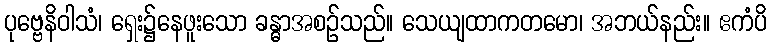
ပုဗ္ဗေနိဝါသံ၊ ရှေး၌နေဖူးသော ခန္ဓာအစဉ်သည်။ သေယျထာကတမော၊ အဘယ်နည်း။ ဧကံပိ